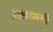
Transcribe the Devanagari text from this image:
अख़लासी